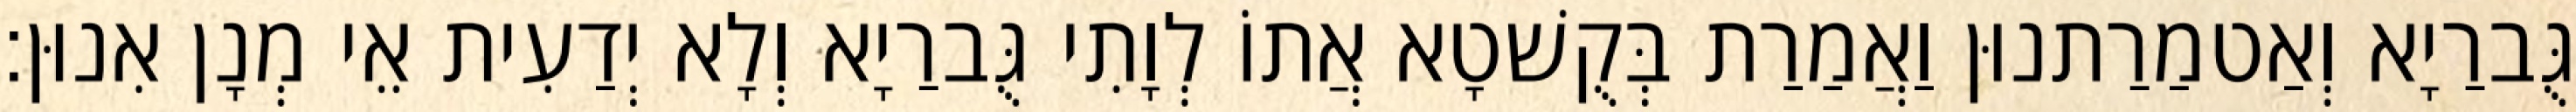
גֻּברַיָא וְאַטמַרַתנוּן וַאֲמַרַת בְּקֻשׁטָא אֲתוֹ לְוָתִי גֻּברַיָא וְלָא יְדַעִית אֵי מְנָן אִנוּן׃